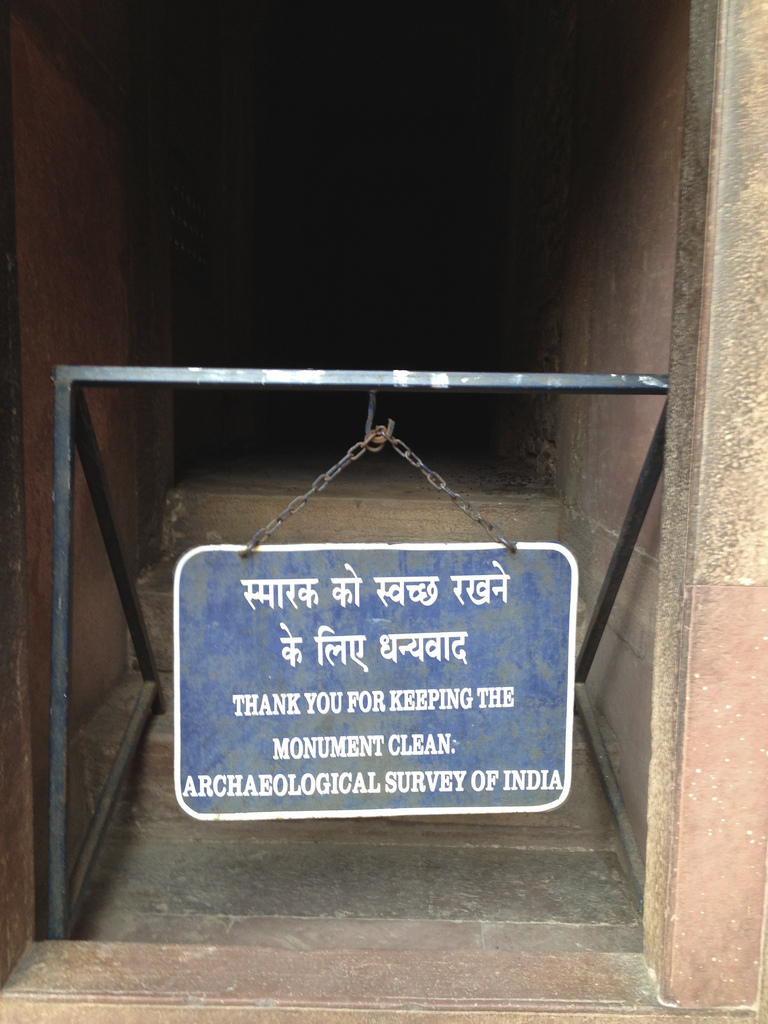
Language: hindi
Transcription: स्वच्छ रखने लिए धन्यवाद के को स्मारक